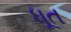
ધૂત